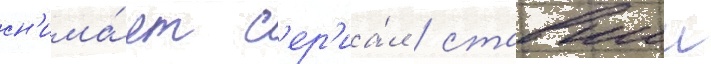
сн'има́ет с'ер'иа́л / ставшии